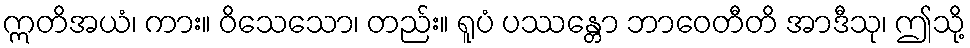
ဣတိအယံ၊ ကား။ ဝိသေသော၊ တည်း။ ရူပံ ပဿန္တော ဘာဝေတီတိ အာဒီသု၊ ဤသို့